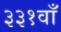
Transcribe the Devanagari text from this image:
३३१वाँ